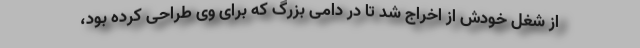
از شغل خودش از اخراج شد تا در دامی بزرگ که برای وی طراحی کرده بود،